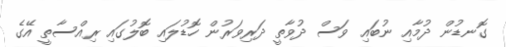
ގޮނޑުން ދުމާއި ނުބައި ވަސް ދުވާތީ ދަރިވަރުން ހޮޑުލައި ބޮލުގައި ރިއްސާތީ އޭގެ